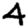
Digit: 4